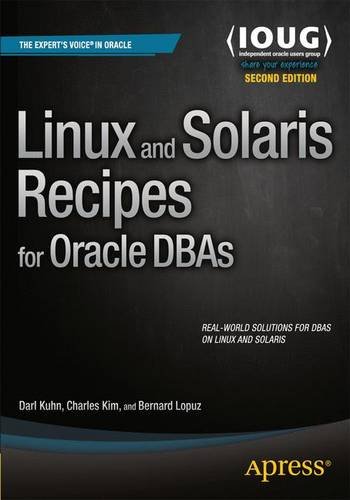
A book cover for Linux and Solaris Recipes for Oracle DBAs; Darl Kuhn; Computers & Technology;